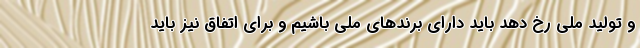
و تولید ملی رخ دهد باید دارای برندهای ملی باشیم و برای اتفاق نیز باید